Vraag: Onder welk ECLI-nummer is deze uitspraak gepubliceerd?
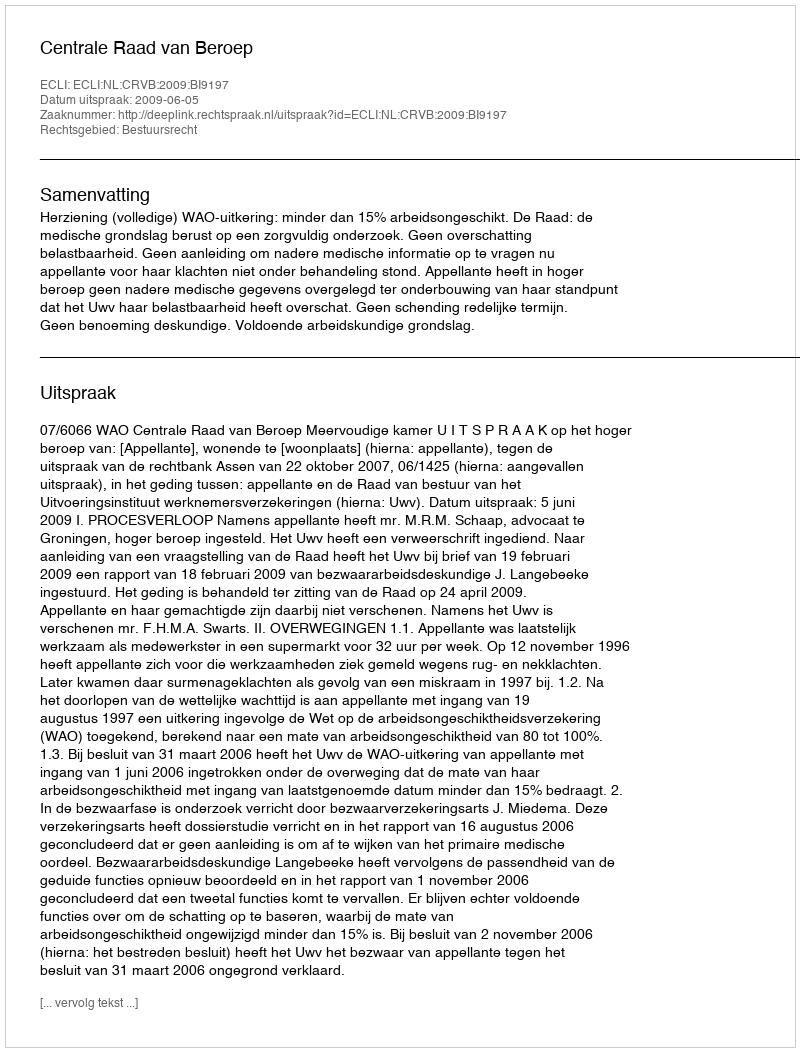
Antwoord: ECLI:NL:CRVB:2009:BI9197